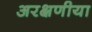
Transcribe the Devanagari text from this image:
अरक्षणीया